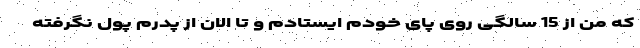
که من از 15 سالگی روی پای خودم ایستادم و تا الان از پدرم پول نگرفته‌